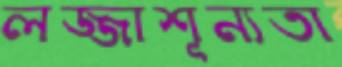
লজ্জাশূন্যতা